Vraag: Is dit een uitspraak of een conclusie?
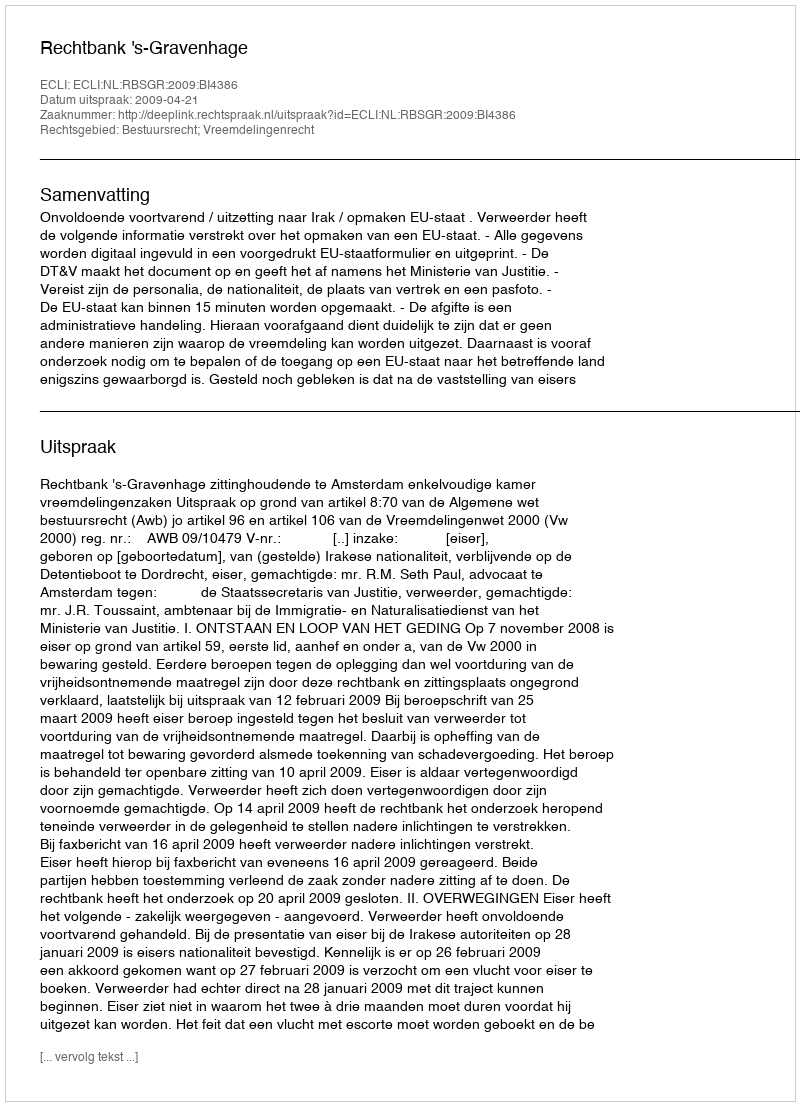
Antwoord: Uitspraak